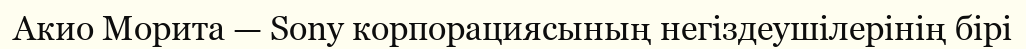
Акио Морита — Sony корпорациясының негіздеушілерінің бірі